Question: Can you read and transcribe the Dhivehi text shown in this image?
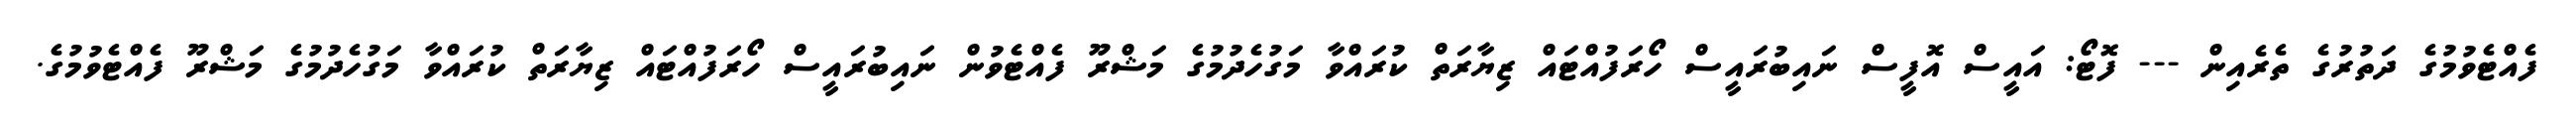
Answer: ފެއްޓެވުމުގެ ދަތުރުގެ ތެރެއިން --- ފޮޓޯ: އައީސް އޮފީސް ނައިބުރައީސް ހޯރަފުއްޓައް ޒިޔާރަތް ކުރައްވާ މަގުހެދުމުގެ މަޝްރޫ ފެއްޓެވުން ނައިބުރައީސް ހޯރަފުއްޓައް ޒިޔާރަތް ކުރައްވާ މަގުހެދުމުގެ މަޝްރޫ ފެއްޓެވުމުގެ.